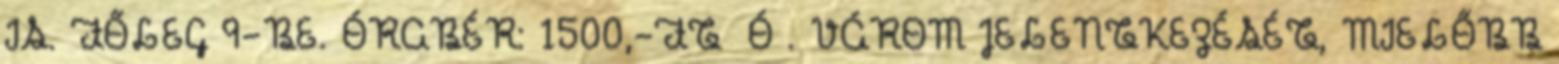
IS. FŐLEG 9-BE. ÓRABÉR: 1500,-FT Ó . VÁROM JELENTKEZÉSÉT, MIELŐBB